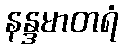
နန္ဒမာတရံ